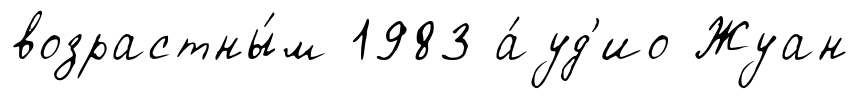
возрастны́м 1983 а́уд'ио Жуан